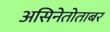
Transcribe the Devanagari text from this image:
असिनेतोताबर